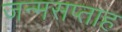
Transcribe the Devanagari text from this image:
जन्मसप्ताह